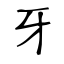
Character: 牙